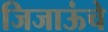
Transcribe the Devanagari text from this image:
जिजाऊंचे